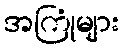
အကြုံများ